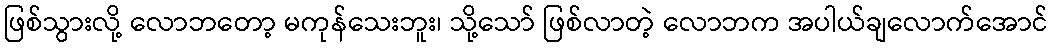
ဖြစ်သွားလို့ လောဘတော့ မကုန်သေးဘူး၊ သို့သော် ဖြစ်လာတဲ့ လောဘက အပါယ်ချလောက်အောင်